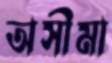
অসীমা